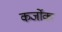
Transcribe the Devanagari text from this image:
कर्जोक